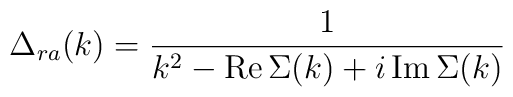
\Delta_{ra}(k)={1\over {k^2-{\rm Re\, }\Sigma(k)           +i\,{\rm Im\, }\Sigma(k)}}